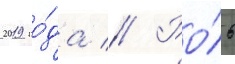
2019 го́да // Ро́ль